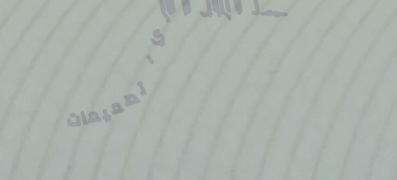
أثاث منزلي عصري: تصميمات